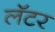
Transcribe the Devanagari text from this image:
लॅटर